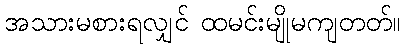
အသားမစားရလျှင် ထမင်းမျိုမကျတတ်။